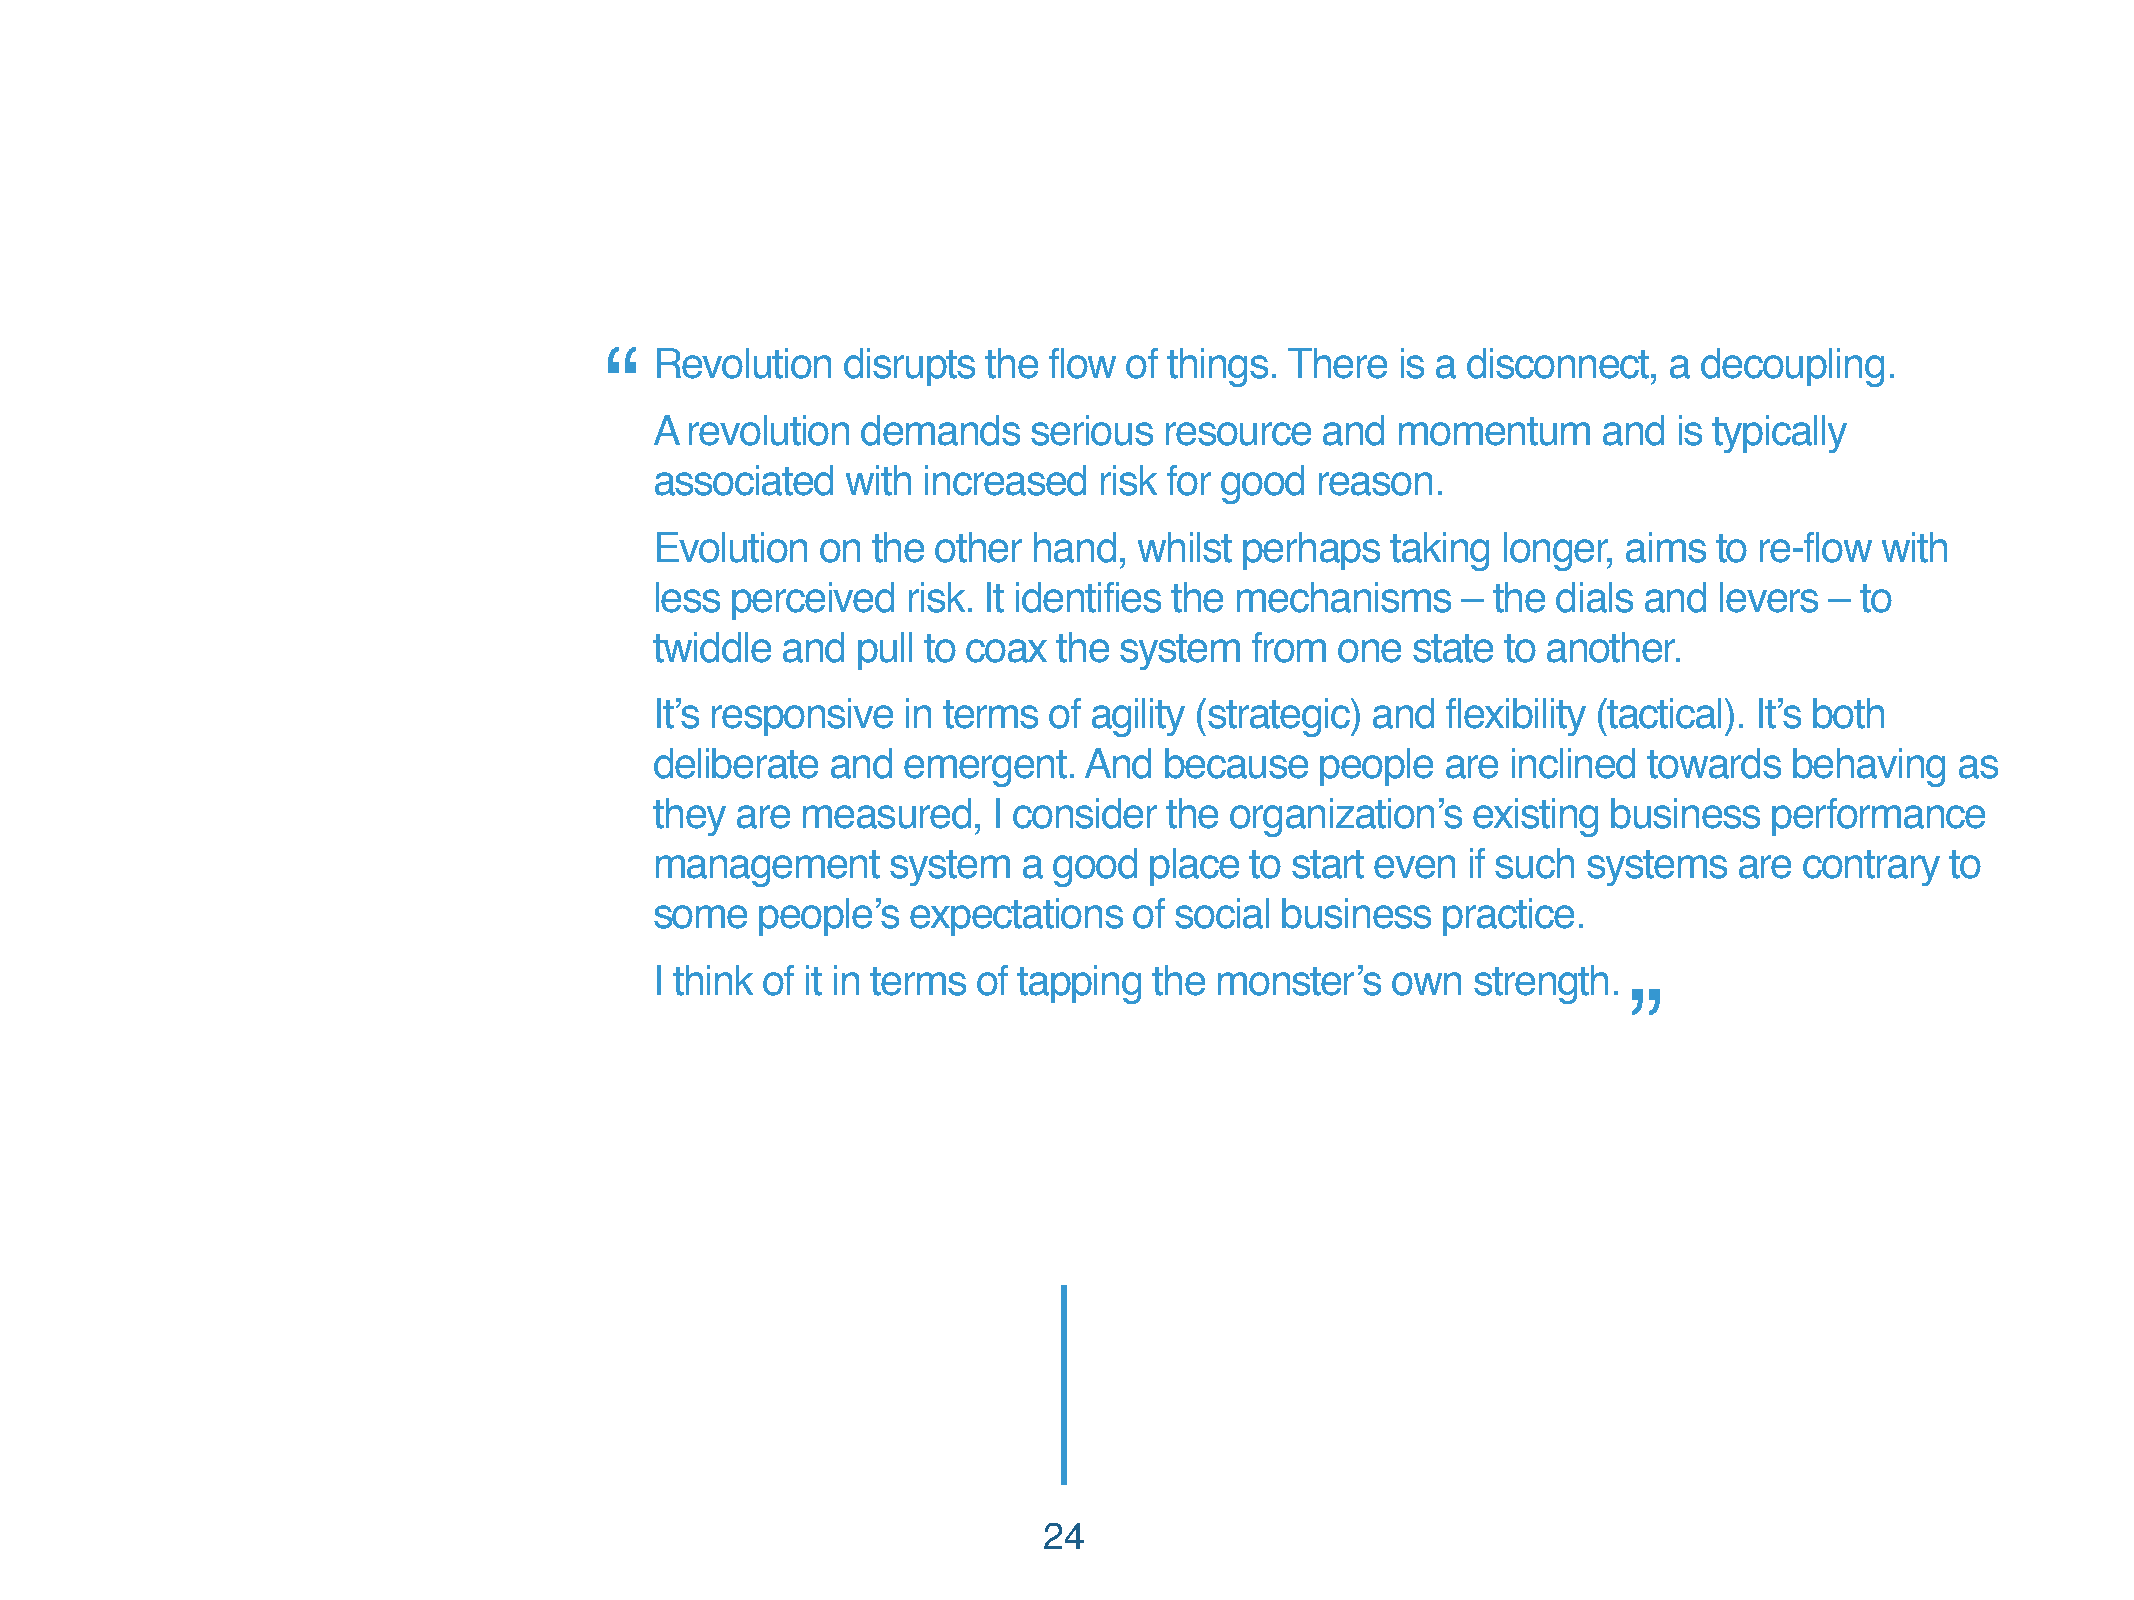
“  Revolution   disrupts the flow  of things. There  is a disconnect, a  decoupling.
 A revolution  demands    serious  resource   and momentum      and  is typically
 associated   with increased   risk for good reason.
 Evolution  on  the other hand,  whilst perhaps   taking longer,  aims  to re-flow with
 less perceived   risk. It identifies the mechanisms   – the dials and  levers – to
 twiddle  and  pull to coax the system   from  one state  to another.
 It’s responsive  in terms of agility (strategic) and flexibility (tactical). It’s both
 deliberate  and  emergent.   And  because   people   are inclined towards   behaving   as
 they  are measured,    I consider the organization’s  existing  business  performance
 management      system   a good  place  to start even if such systems   are contrary  to
 some   people’s  expectations   of social business  practice.
 I think of it in terms of tapping the monster’s  own  strength.
 ”
 24